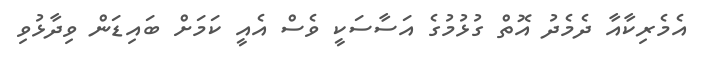
އެމެރިކާއާ ދެމެދު އޮތް ގުޅުމުގެ އަސާސަކީ ވެސް އެއީ ކަމަށް ބައިޑަން ވިދާޅުވި